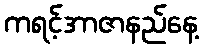
ကရင့်အာဇာနည်နေ့